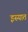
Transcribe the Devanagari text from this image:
इस्यात